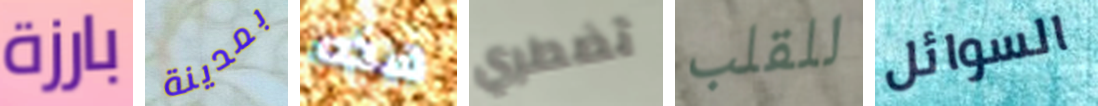
بارزة بمدينة هذه تضطري للقلب السوائل